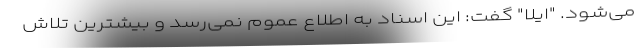
می‌شود. "ایلا" گفت: این اسناد به اطلاع عموم نمی‌رسد و بیشترین تلاش